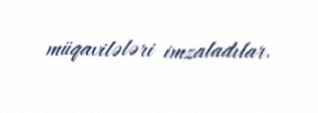
müqavilələri imzaladılar.